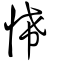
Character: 悕